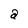
Character: a